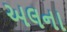
અલના